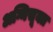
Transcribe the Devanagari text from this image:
अग्निसूक्त